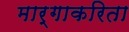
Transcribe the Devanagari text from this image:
मार्गाकरिता